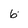
Character: 6